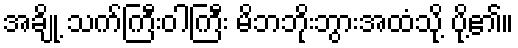
အချို့ သက်ကြီးဝါကြီး မိဘဘိုးဘွားအထံသို့ ပို့၏။